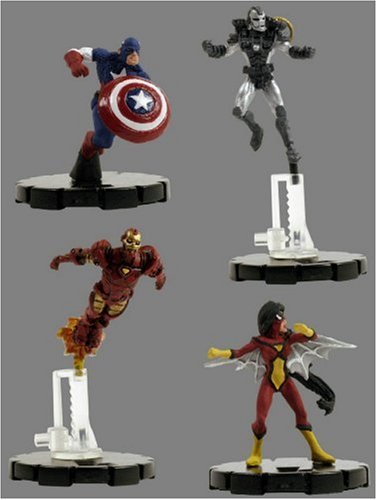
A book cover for Marvel HeroClix: Armor Wars Booster Pack; Science Fiction & Fantasy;